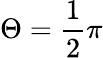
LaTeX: \Theta={\frac{1}{2}}\pi